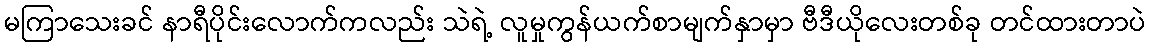
မကြာသေးခင် နာရီပိုင်းလောက်ကလည်း သဲရဲ့ လူမှုကွန်ယက်စာမျက်နှာမှာ ဗီဒီယိုလေးတစ်ခု တင်ထားတာပဲ